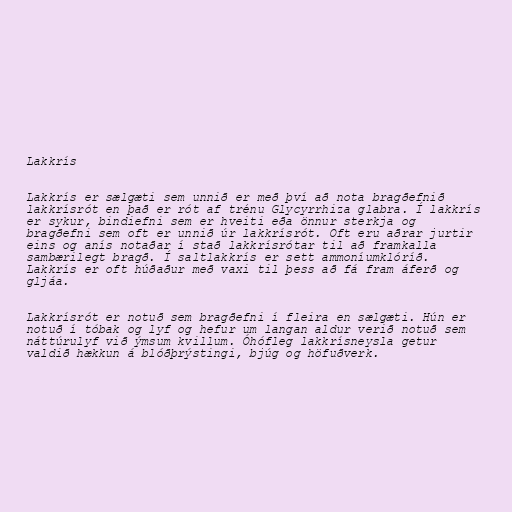
Lakkrís

Lakkrís er sælgæti sem unnið er með því að nota bragðefnið
lakkrísrót en það er rót af trénu Glycyrrhiza glabra. Í lakkrís
er sykur, bindiefni sem er hveiti eða önnur sterkja og
bragðefni sem oft er unnið úr lakkrísrót. Oft eru aðrar jurtir
eins og anís notaðar í stað lakkrísrótar til að framkalla
sambærilegt bragð. Í saltlakkrís er sett ammoníumklóríð.
Lakkrís er oft húðaður með vaxi til þess að fá fram áferð og
gljáa.

Lakkrísrót er notuð sem bragðefni í fleira en sælgæti. Hún er
notuð í tóbak og lyf og hefur um langan aldur verið notuð sem
náttúrulyf við ýmsum kvillum. Óhófleg lakkrísneysla getur
valdið hækkun á blóðþrýstingi, bjúg og höfuðverk.